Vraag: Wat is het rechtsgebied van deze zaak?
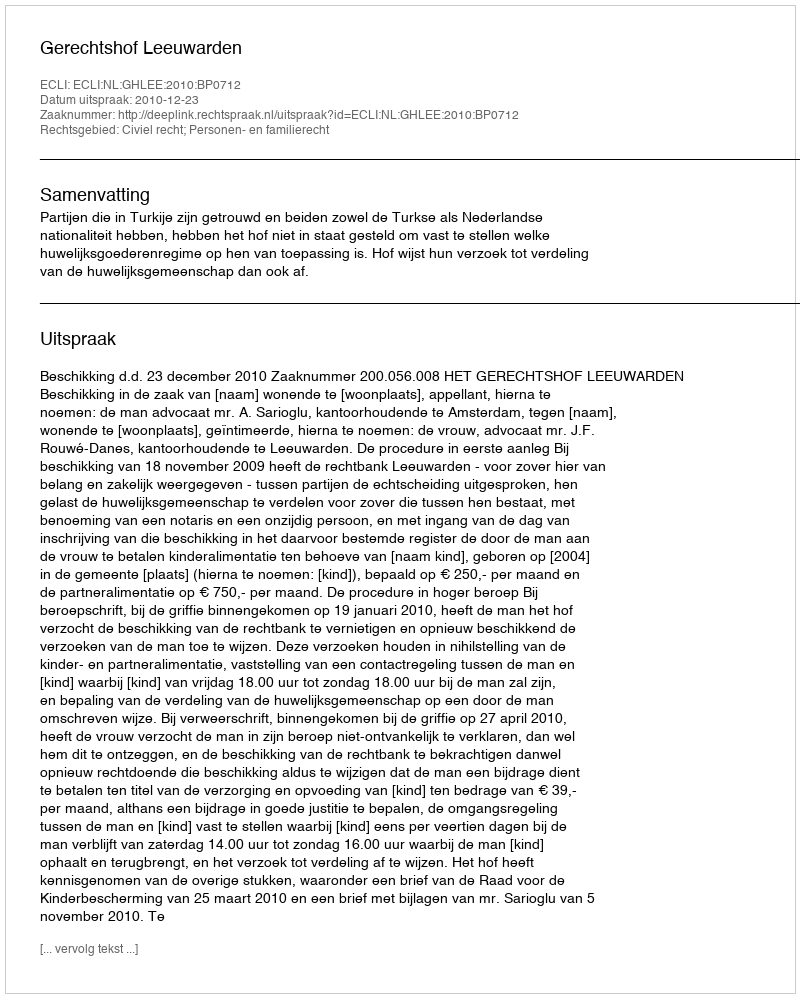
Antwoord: Civiel recht; Personen- en familierecht